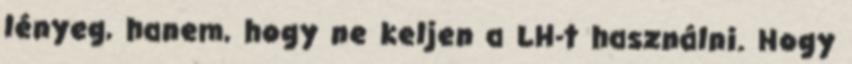
lényeg, hanem, hogy ne keljen a LH-t használni. Hogy